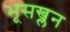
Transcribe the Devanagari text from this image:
भूसख्लन